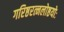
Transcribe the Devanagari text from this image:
गरिष्ठरत्नलोष्ठयोः